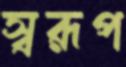
স্বরূপ